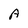
Character: A